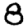
Digit: 8